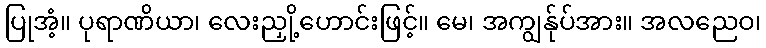
ပြုအံ့။ ပုရာဏိယာ၊ လေးညှို့ဟောင်းဖြင့်။ မေ၊ အကျွန်ုပ်အား။ အလညေဝ၊